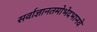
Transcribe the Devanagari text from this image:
सर्वाज्ञानतमोभेदभानवे